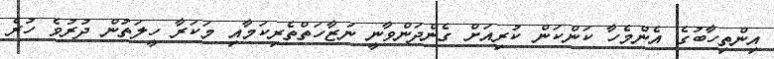
އިންތިހާބުގެ އެންމެހާ ކަންކަން ކުރިއަށް ގެންދަންވާނީ ނަޒާހަތްތެރިކަމާއި މަކަރާ ހީލަތުން ދުރުވެ ހުރެ